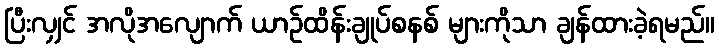
ပြီးလျှင် အလိုအလျောက် ယာဉ်ထိန်းချုပ်စနစ် များကိုသာ ချန်ထားခဲ့ရမည်။